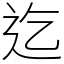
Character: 迄